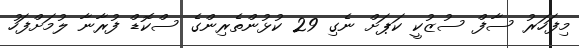
މިފަހަރު ސާފް ސުޒުކީ ކަޕަށް ނެގި 29 ކުޅުންތެރިންގެ ސްކޮޑް ފުރާނާ ލުމަށްފަހު